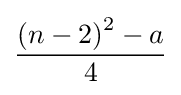
{\frac {\left(n-2\right)^{2}-a}{4}}